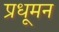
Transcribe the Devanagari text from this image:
प्रधूमन